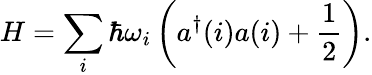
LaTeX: H=\sum_{i}\hbar\omega_{i}\left(a^{\dagger}(i)a(i)+{\frac{1}{2}}\right).